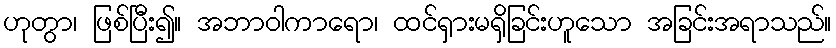
ဟုတွာ၊ ဖြစ်ပြီး၍။ အဘာဝါကာရော၊ ထင်ရှားမရှိခြင်းဟူသော အခြင်းအရာသည်။